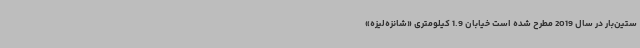
ستین‌بار در سال 2019 مطرح شده است خیابان 1.9 کیلومتری «شانزه‌لیزه»